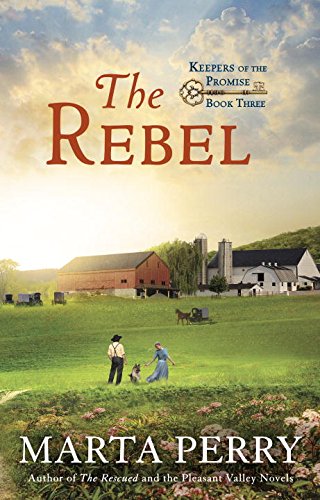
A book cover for The Rebel: Keepers of the Promise, Book Three; Marta Perry; Romance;